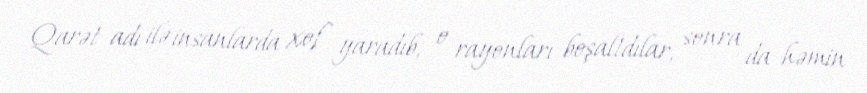
Qarət adı ilə insanlarda xof yaradıb, o rayonları boşaltdılar, sonra da həmin